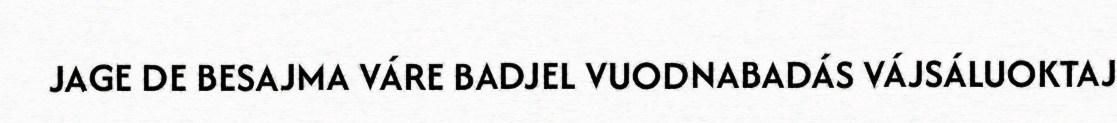
JAGE DE BESAJMA VÁRE BADJEL VUODNABADÁS VÁJSÁLUOKTAJ